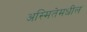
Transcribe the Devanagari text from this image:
अस्मितेमधील